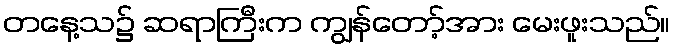
တနေ့သ၌ ဆရာကြီးက ကျွန်တော့်အား မေးဖူးသည်။